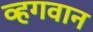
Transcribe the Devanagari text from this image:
व्हगवान